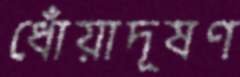
ধোঁয়াদূষণ